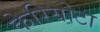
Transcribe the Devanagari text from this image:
केरियोटा